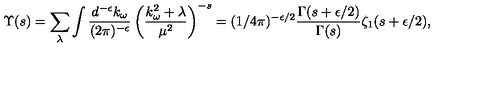
{ \Upsilon } ( s ) = \sum _ { \lambda } \int { \frac { d ^ { - \epsilon } k _ { \omega } } { ( 2 \pi ) ^ { - \epsilon } } } \left( { \frac { k _ { \omega } ^ { 2 } + \lambda } { \mu ^ { 2 } } } \right) ^ { - s } \nonumber = ( 1 / 4 \pi ) ^ { - \epsilon / 2 } { \frac { \Gamma ( s + \epsilon / 2 ) } { \Gamma ( s ) } } \zeta _ { 1 } ( s + \epsilon / 2 ) ,